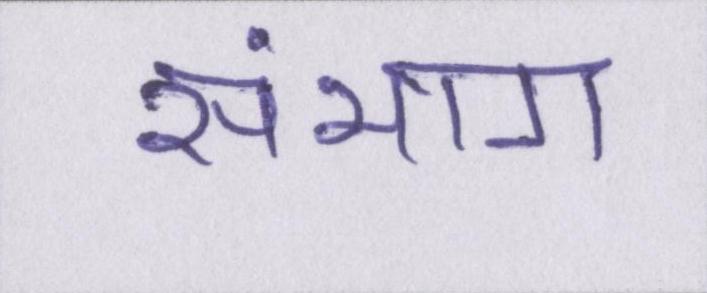
संभाग